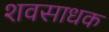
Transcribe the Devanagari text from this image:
शवसाधक